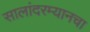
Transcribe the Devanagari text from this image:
सालांदरम्यानचा